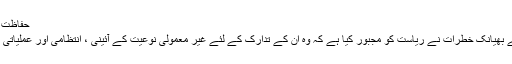
حفاظت کا متوازی نظام
دہشت گردی کے بھیانک خطرات نے ریاست کو مجبور کیا ہے کہ وہ ان کے تدارک کے لئے غیر معمولی نوعیت کے آئینی ، انتظامی اور عملیاتی اقدامات اٹھائے ۔